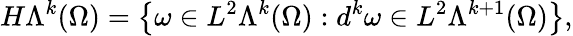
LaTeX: H\Lambda^{k}(\Omega)=\left\{ \omega\in L^{2}\Lambda^{k}(\Omega):d^{k}\omega\in L^{2}\Lambda^{k+1}(\Omega)\right\} ,